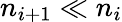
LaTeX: n_{i+1}\ll n_{i}